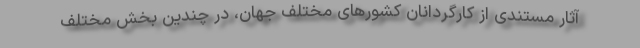
آثار مستندی از کارگردانان کشورهای مختلف جهان، در چندین بخش مختلف